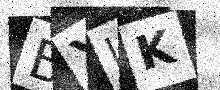
Text: BXLK